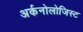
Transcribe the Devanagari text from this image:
अर्कनोलोजिस्ट